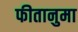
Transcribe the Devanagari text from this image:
फीतानुमा